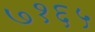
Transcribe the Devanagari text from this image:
७१६५